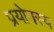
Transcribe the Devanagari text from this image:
प्रयोगस्य